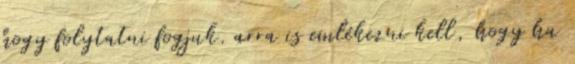
hogy folytatni fogjuk. arra is emlékezni kell, hogy ha